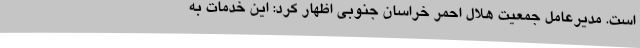
است. مدیرعامل جمعیت هلال احمر خراسان ‌جنوبی اظهار کرد: این خدمات به